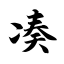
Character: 凑